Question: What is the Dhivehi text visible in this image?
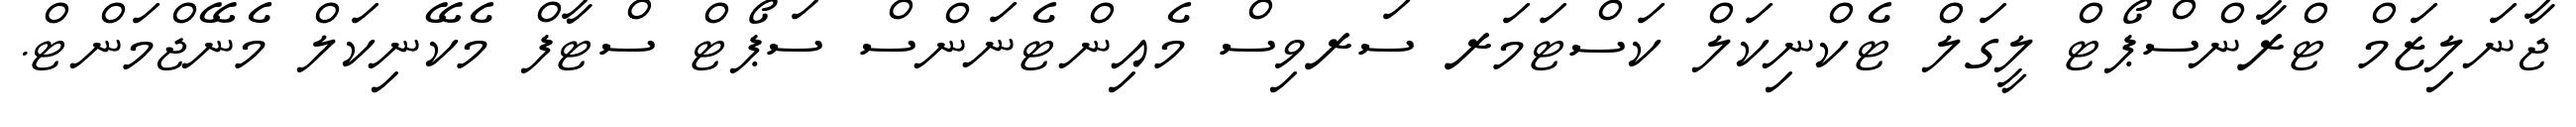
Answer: ޖާނަލިޒަމް ޓްރާންސްޕޯޓް ލީގަލް ޓެކްނިކަލް ކަސްޓަމަރ ސަރވިސް މެއިންޓެނަންސް ސަޕޯޓް ސްޓާފް މެކޭނިކަލް މެނޭޖްމަންޓް.